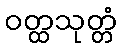
ဝတ္ထသုတ္တံ